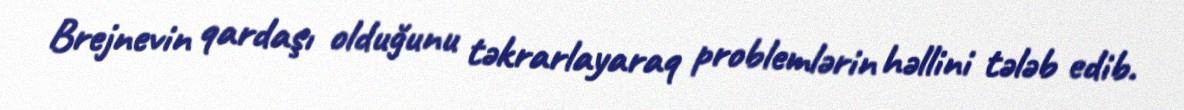
Brejnevin qardaşı olduğunu təkrarlayaraq problemlərin həllini tələb edib.